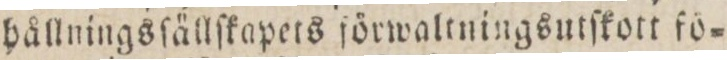
hållningsſällſkapets förwaltningsutſkott fö=